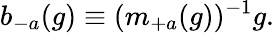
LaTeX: b_{-a}(g)\equiv(m_{+a}(g))^{-1}g.